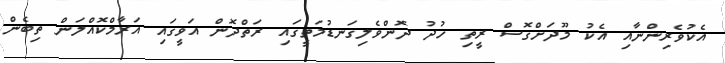
އެކުވެރިންނާއި އެކު މޫދަށްގޮސް ރީތި ހުދު ދޮންވެލިގަނޑުމަތީގައި ރަތްދޮން އަވީގައި އަރާމްކޮއްލަން ތިބެން